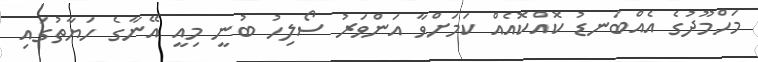
މަހްމޫދުގެ އެއްބަނޑު ކޮއްކޮއެއް ކަމަށްވާ އަންވަރު ސޯލިހު ބުނީ މިއީ އޭނާގެ ހަޔާތުގައި